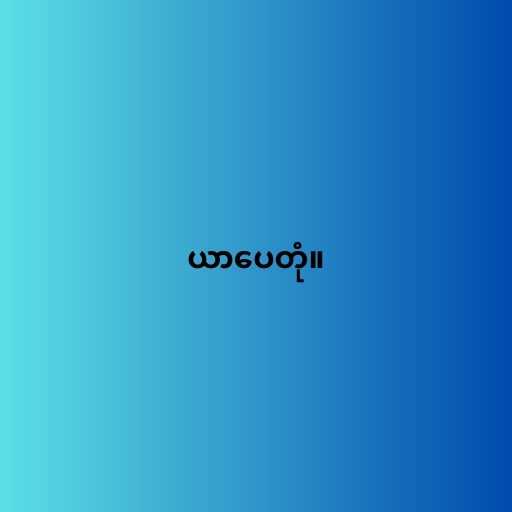
ယာပေတုံ။